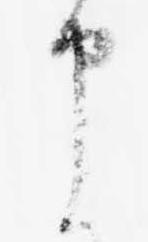
申